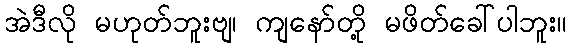
အဲဒီလို မဟုတ်ဘူးဗျ၊ ကျနော်တို့ မဖိတ်ခေါ်ပါဘူး။